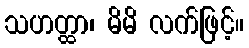
သဟတ္ထာ၊ မိမိ လက်ဖြင့်။